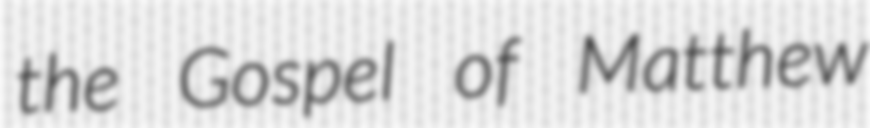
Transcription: the Gospel of Matthew